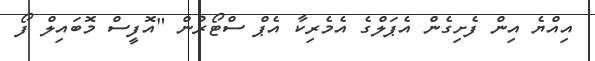
އިއްޔެ އިން ފެށިގެން އެޕަލްގެ އެމެރިކާ އެޕް ސްޓޯރުން "އޮފީސް މޮބައިލް ފޯ